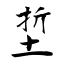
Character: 埑